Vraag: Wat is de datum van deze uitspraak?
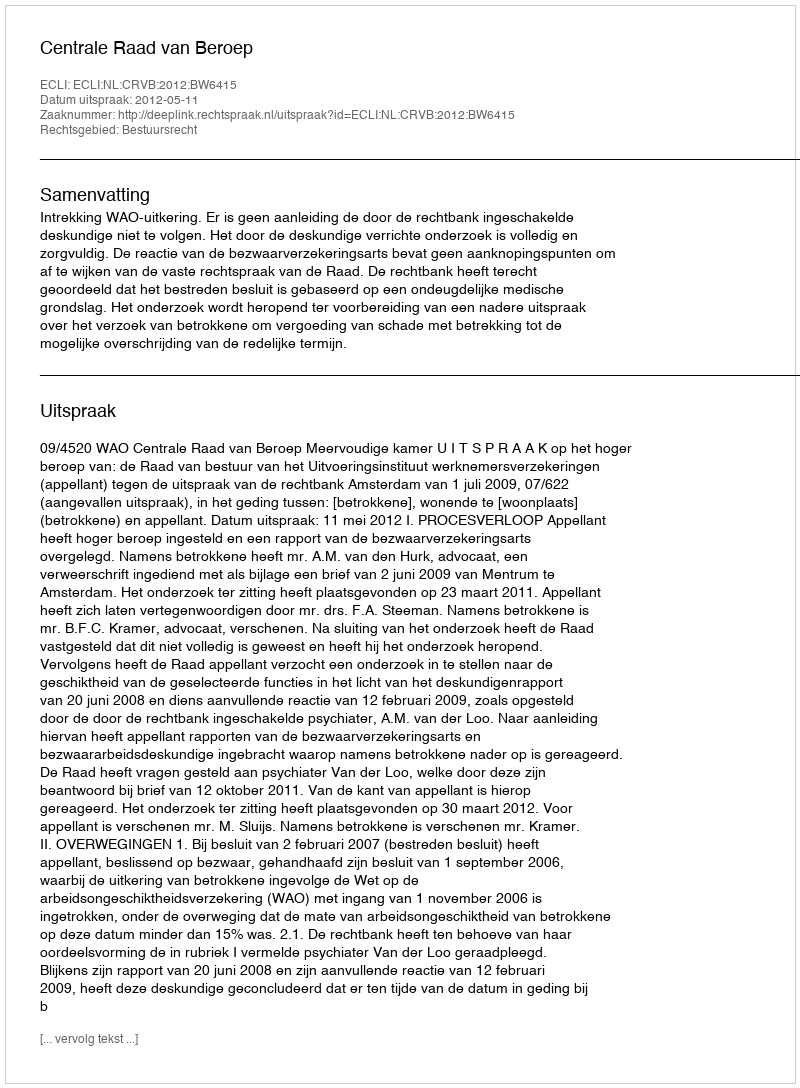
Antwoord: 2012-05-11